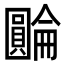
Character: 𡈺